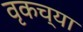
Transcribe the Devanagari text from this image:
वृकच्या